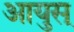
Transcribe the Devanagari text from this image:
आयुस्‌